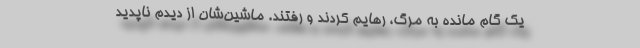
یک گام مانده به مرگ، رهایم کردند و رفتند. ماشین‌شان از دیدم ناپدید